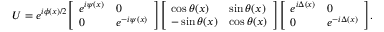
U = e ^ { i \phi ( x ) / 2 } { \left[ \begin{array} { l l } { e ^ { i \psi ( x ) } } & { 0 } \\ { 0 } & { e ^ { - i \psi ( x ) } } \end{array} \right] } { \left[ \begin{array} { l l } { \cos \theta ( x ) } & { \sin \theta ( x ) } \\ { - \sin \theta ( x ) } & { \cos \theta ( x ) } \end{array} \right] } { \left[ \begin{array} { l l } { e ^ { i \Delta ( x ) } } & { 0 } \\ { 0 } & { e ^ { - i \Delta ( x ) } } \end{array} \right] } .